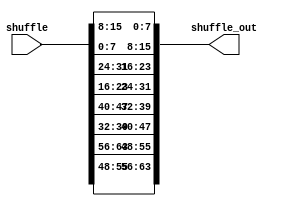
module shuffle(
input [63:0]shuffle,
output[63:0] shuffle_out);


wire [3:0]W0;
wire [3:0]W1;
wire [3:0]W2;
wire [3:0]W3;
      
wire [3:0]W4;
wire [3:0]W5;
wire [3:0]W6;
wire [3:0]W7;
      
wire [3:0]W8;
wire [3:0]W9;
wire [3:0]W10;
wire [3:0]W11;
      
wire [3:0]W12;
wire [3:0]W13;
wire [3:0]W14;
wire [3:0]W15;

  
 assign W0   = shuffle[3:0]  ;    
 assign W1   = shuffle[7:4]  ;   
 assign W2   = shuffle[11:8] ;   
 assign W3   = shuffle[15:12];    
 
 assign W4   = shuffle[19:16];    
 assign W5   = shuffle[23:20];   
 assign W6   = shuffle[27:24];   
 assign W7   = shuffle[31:28];   
 
 assign W8  = shuffle [35:32];    
 assign W9  = shuffle [39:36];   
 assign W10 = shuffle [43:40];   
 assign W11 = shuffle [47:44];  
 
 assign W12  = shuffle[51:48];    
 assign W13  = shuffle[55:52];   
 assign W14  = shuffle[59:56];   
 assign W15  = shuffle[63:60];   
 
 
 
 

   
  assign shuffle_out[3:0]  = W2;
  assign shuffle_out[7:4]  = W3;
  assign shuffle_out[11:8] = W0;
  assign shuffle_out[15:12]= W1; 
  
  assign shuffle_out[19:16]= W6;
  assign shuffle_out[23:20]= W7;
  assign shuffle_out[27:24]= W4;
  assign shuffle_out[31:28]= W5; 
  
  assign shuffle_out[35:32]= W10;
  assign shuffle_out[39:36]= W11;
  assign shuffle_out[43:40]= W8;
  assign shuffle_out[47:44]= W9; 
  
  assign shuffle_out[51:48]= W14;
  assign shuffle_out[55:52]= W15;
  assign shuffle_out[59:56]= W12;
  assign shuffle_out[63:60]= W13;
                          
                          
                          

endmodule